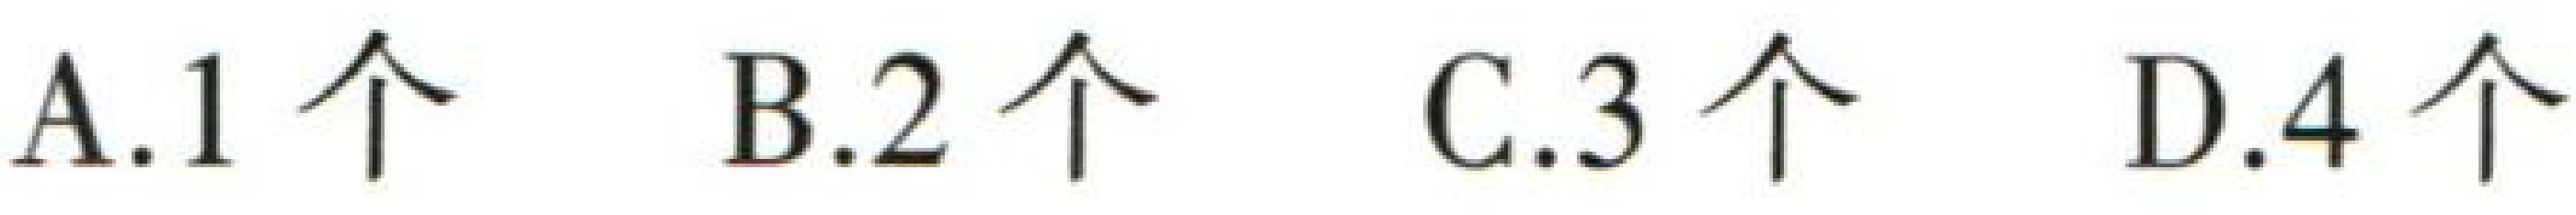
A.1 个  B.2 个  C.3 个  D.4 个